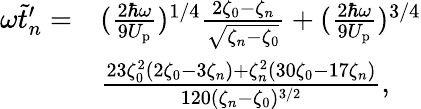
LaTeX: \begin{array}{rl}{\omega\tilde{t}_{n}^{\prime}=}&{(\frac{2\hbar\omega}{9U_{\mathrm{p}}})^{1/4}\frac{2\zeta_{0}-\zeta_{n}}{\sqrt{\zeta_{n}-\zeta_{0}}}+(\frac{2\hbar\omega}{9U_{\mathrm{p}}})^{3/4}}\\ &{\frac{23\zeta_{0}^{2}(2\zeta_{0}-3\zeta_{n})+\zeta_{n}^{2}(30\zeta_{0}-17\zeta_{n})}{120(\zeta_{n}-\zeta_{0})^{3/2}},}\end{array}